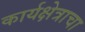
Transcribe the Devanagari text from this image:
कार्यक्षेत्राचा